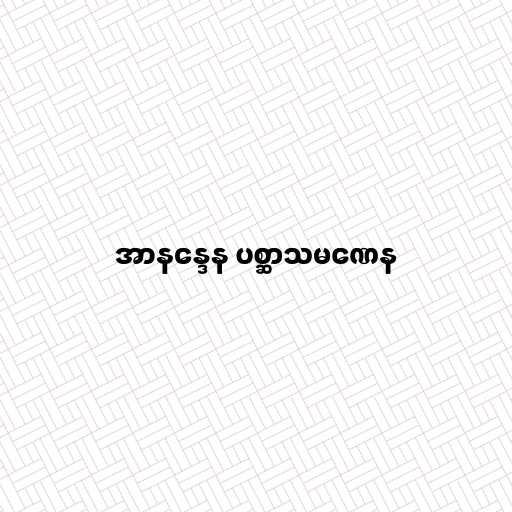
အာနန္ဒေန ပစ္ဆာသမဏေန